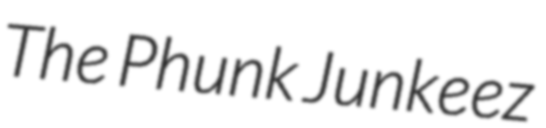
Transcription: The Phunk Junkeez